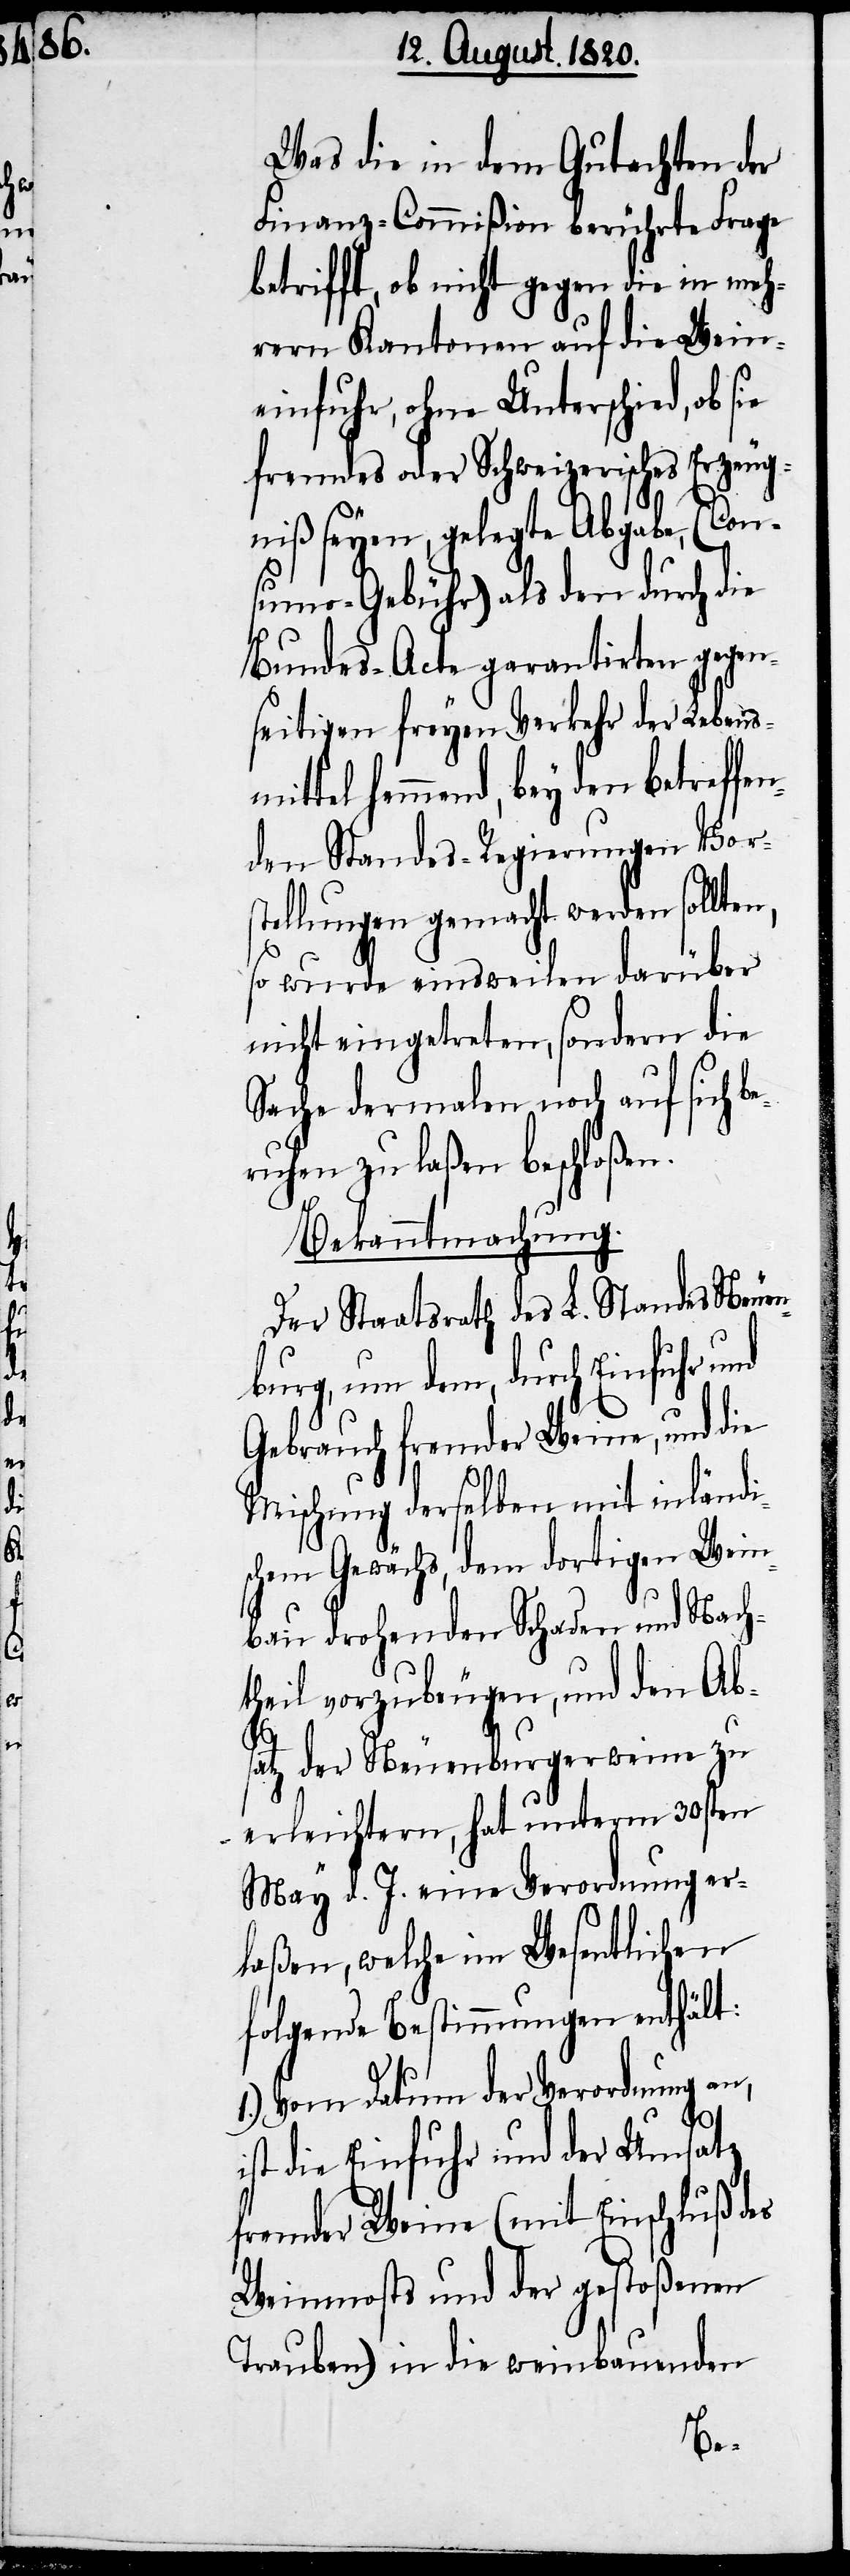
mi¬
i¬

Was die in dem Gutachten der
Finanz-Commißion berührte Frage
betrifft, ob nicht gegen die in meh¬
rern Kantonen auf die Wein¬
einfuhr, ohne Unterschied, ob
fremdes oder Schweizerisches Erzeug¬
niß seyen, gelegte Abgabe, (Con¬
sumo-Gebühr) als den durch die
Bundes-Acte garantirten gegen¬
seitigen freyen Verkehr der Lebens¬
ttel hemmend, bey den betreffe¬
nden Standes-Regierungen Vors¬
tellungen gemacht werden sollten,
so wurde einstweilen darüber
nicht eingetreten, sodann die
Sache dermalen noch auf sich b¬
eruhen zu laßen beschloßen.
Bekanntmachung.
Der Staatsrath des L. Standes Neuen¬
burg, um dem, durch Einfuhr und
Gebrauch fremder Weine, und die
Mischung derselben mit inländi¬
schem Gewächs, dem dortigen Wein¬
bau drohenden Schaden und Nach¬
theil vorzubeugen, und den Ab¬
satz der Neuenburgerweine zu
erleichtern, hat unter 30sten
May d. J. eine Verordnung er¬
laßen, welche im Wesentlichen
folgende Bestimmungen enthält:
1.) Vom Datum der Verordnung an,
st die Einfuhr und der Umsatz
fremder Weine (mit Einschluß des
Weinmosts und der gestoßenen
Trauben) in die weinbauenden